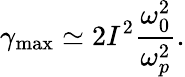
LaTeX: \gamma_{\mathrm{{max}}}\simeq 2I^{2}\frac{\omega_{0}^{2}}{\omega_{p}^{2}}.